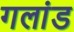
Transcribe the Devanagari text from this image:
गलांड